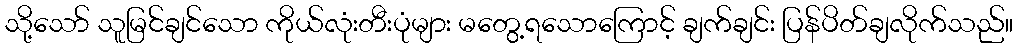
သို့သော် သူမြင်ချင်သော ကိုယ်လုံးတီးပုံများ မတွေ့ရသောကြောင့် ချက်ချင်း ပြန်ပိတ်ချလိုက်သည်။